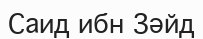
Саид ибн Зәйд